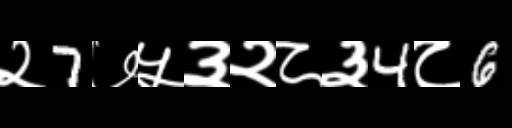
Text: २7७५३२८३4८6